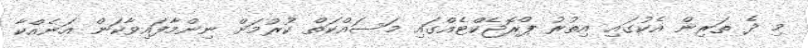
މި ދެ ތަރިން އެކުގައި އިތުރު ޕްރޮޖެކްޓެއްގައި މަސައްކަތް ކުރުމަށް ނިންމާފައިވާކަން އަނެއްކާ